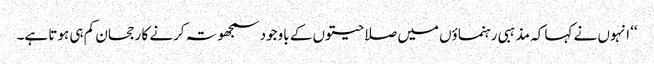
‘‘ انہوں نے کہا کہ مذہبی رہنماؤں میں صلاحیتوں کے باوجود سمجھوتہ کرنے کا رجحان کم ہی ہوتا ہے۔